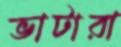
ভাটারা